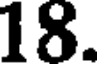
18.